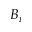
B _ { i }